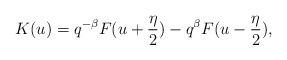
LaTeX: \begin{align*}K(u) = q^{-\beta}F(u+\frac{\eta}{2})-q^{\beta}F(u-\frac{\eta}{2}),\end{align*}